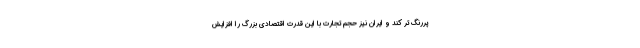
پررنگ تر کند و ایران نیز حجم تجارت با این قدرت اقتصادی بزرگ را افزایش